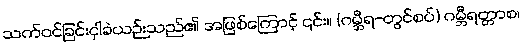
သက်ဝင်ခြင်းငှါခဲယဉ်းသည်၏ အဖြစ်ကြောင့် ၎င်း။ (ဂမ္ဘီရ-တွင်စပ်) ဂမ္ဘီရတ္တာစ၊